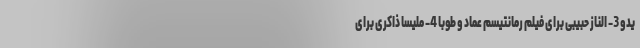
یدو 3- الناز حبیبی برای فیلم رمانتیسم عماد و طوبا 4- ملیسا ذاکری برای